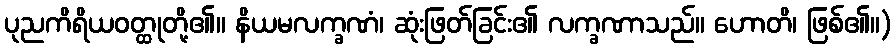
ပုညကိရိယဝတ္ထုတို့၏။ နိယမလက္ခဏံ၊ ဆုံးဖြတ်ခြင်း၏ လက္ခဏာသည်။ ဟောတိ၊ ဖြစ်၏။)